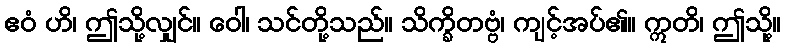
ဧဝံ ဟိ၊ ဤသို့လျှင်။ ဝေါ၊ သင်တို့သည်။ သိက္ခိတဗ္ဗံ၊ ကျင့်အပ်၏။ ဣတိ၊ ဤသို့။